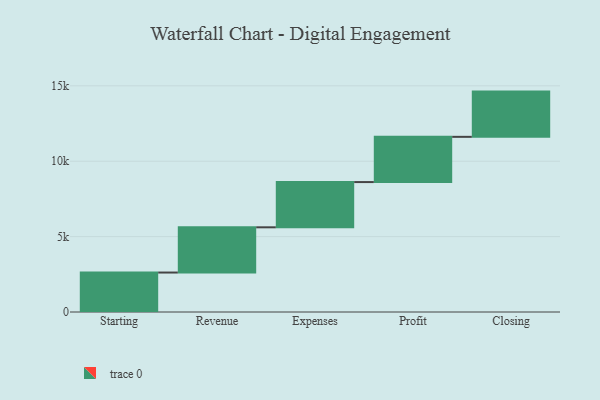
{"axis": {"x": "Step", "y": "Value"}, "legend": [""], "data": [{"x": "Starting", "y": 2617.0, "type": ""}, {"x": "Revenue", "y": 3000, "type": ""}, {"x": "Expenses", "y": 3000, "type": ""}, {"x": "Profit", "y": 3000, "type": ""}, {"x": "Closing", "y": 3000, "type": ""}]}